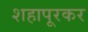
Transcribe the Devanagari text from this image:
शहापूरकर